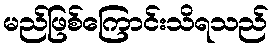
မည်ဖြစ်ကြောင်းသိရသည်